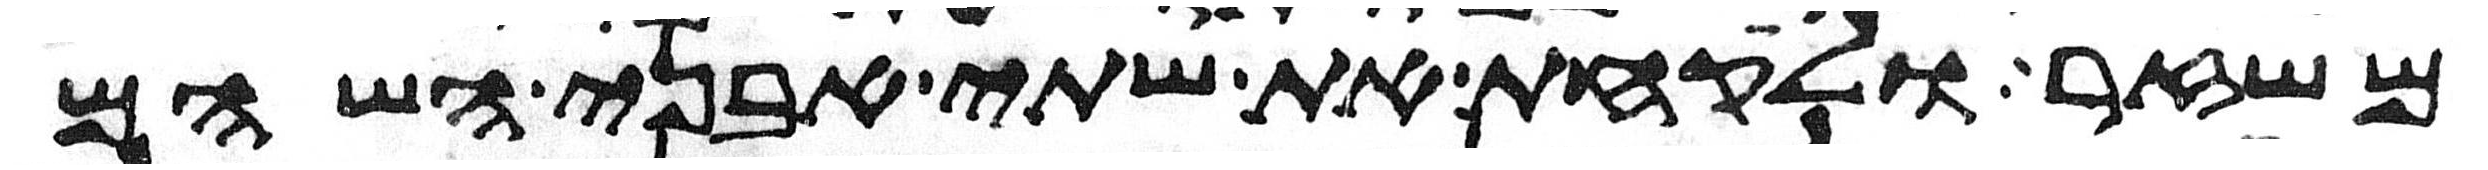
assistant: משזר ולקחת את שתי אבני השהם